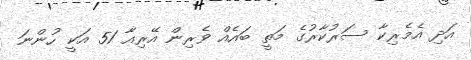
އަދި އެމެރިކާ ސަރުކާރުގެ މަތީ ބައެއް ވެރިން އޭރިއާ 51 އަކީ ހުންނަ